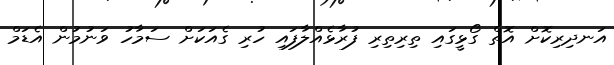
އަނދިރިކޮށް އޮތް ގޯޅީގައި ތިރިތިރި ފުރާޅެއްލާފައި ހުރި ގެއަކަށް ސަމާހު ވަނުމުން އެޑަމް